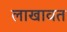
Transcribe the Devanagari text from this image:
लाखावत